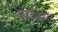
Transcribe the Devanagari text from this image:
लाईन्समन